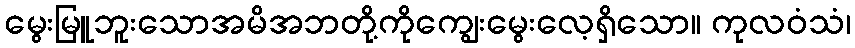
မွေးမြူဘူးသောအမိအဘတို့ကိုကျွေးမွေးလေ့ရှိသော။ ကုလဝံသံ၊